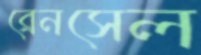
ব্রেনসেল